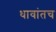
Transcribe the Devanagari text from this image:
धावांतच